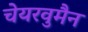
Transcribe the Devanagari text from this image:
चेयरवुमैन